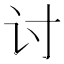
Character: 讨